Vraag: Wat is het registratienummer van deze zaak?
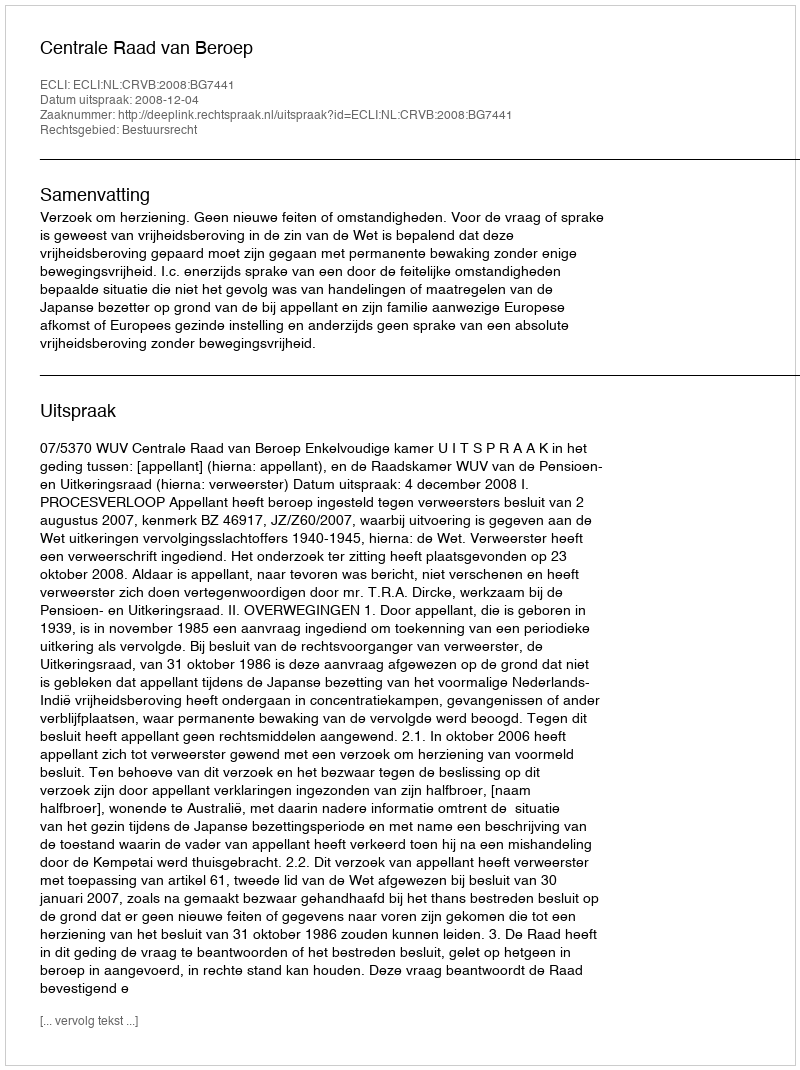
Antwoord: http://deeplink.rechtspraak.nl/uitspraak?id=ECLI:NL:CRVB:2008:BG7441